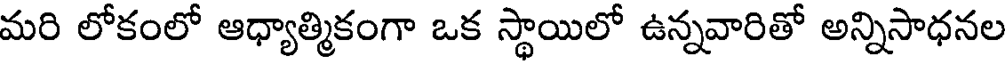
మరి లోకంలో ఆధ్యాత్మికంగా ఒక స్థాయిలో ఉన్నవారితో అన్నిసాధనల